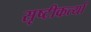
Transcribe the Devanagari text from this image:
सृष्टीकर्त्या